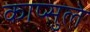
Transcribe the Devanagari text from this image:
काप्सुले